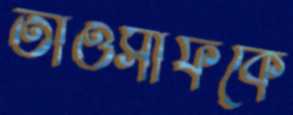
তাওসীফকে